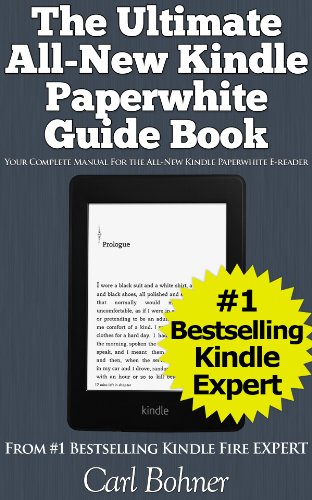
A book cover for The Ultimate All-New Kindle Paperwhite Guide Book (Your Complete Manual for the All-New Kindle Paperwhite E-reader); Carl Bohner; Computers & Technology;